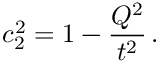
c _ { 2 } ^ { 2 } = 1 - \frac { Q ^ { 2 } } { t ^ { 2 } } \, .